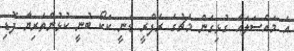
އެ މައްސަލައާ ގުޅިގެން މެޗުގެ ރެފްރީ ޑެނީ ކަކޯ ބުނީ ކުޅުންތެރިޔާ ފޮޑި